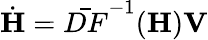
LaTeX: \dot{\mathbf H}=\bar{DF}^{-1}({\mathbf H}){\mathbf{V}}